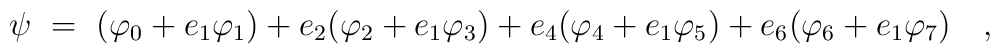
\psi ~=~(\varphi _{0}+e_{1}\varphi _{1})+e_{2}(\varphi _{2}+e_{1}\varphi_{3})+e_{4}(\varphi _{4}+e_{1}\varphi _{5})+e_{6}(\varphi _{6}+e_{1}\varphi_{7})\quad ,